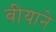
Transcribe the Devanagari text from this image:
बीयाने